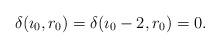
LaTeX: \begin{align*}\delta(\imath_0, r_0)=\delta(\imath_0-2, r_0)=0.\end{align*}